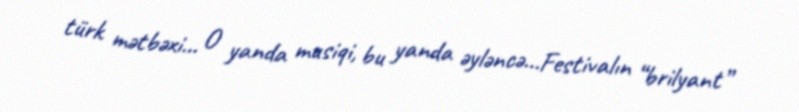
türk mətbəxi… O yanda musiqi, bu yanda əyləncə…Festivalın “brilyant”